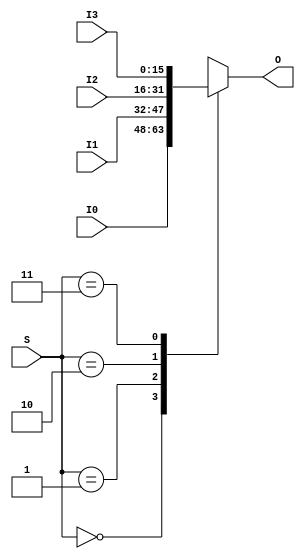
module Mux4to1b16(
    input wire [1:0] S,
    input wire [15:0] I0,
    input wire [15:0] I1,
    input wire [15:0] I2,
    input wire [15:0] I3,
    output reg [15:0] O
);

    always @ * begin
        case (S)
            2'b00:
                O = I0;
            2'b01:
                O = I1;
            2'b10:
                O = I2;
            2'b11:
                O = I3;
            default: begin
                // exception
                O <= 0;
            end
        endcase
    end

endmodule